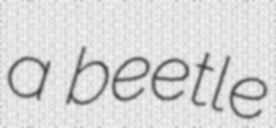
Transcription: a beetle